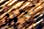
بخير